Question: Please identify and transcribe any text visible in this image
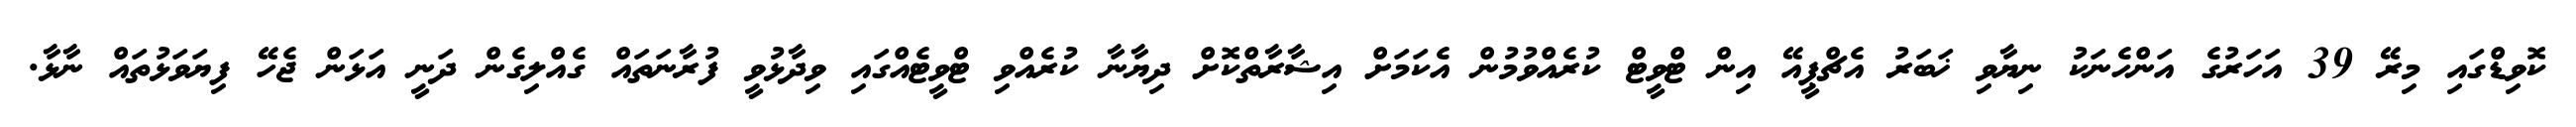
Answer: ކޮވިޑްގައި މިރޭ 39 އަހަރުގެ އަންހެނަކު ނިޔާވި ޚަބަރު އެޗްޕީއޭ އިން ޓްވީޓް ކުރެއްވުމުން އެކަމަށް އިޝާރާތްކޮށް ދިޔާނާ ކުރެއްވި ޓްވީޓެއްގައި ވިދާޅުވީ ފުރާނަތައް ގެއްލިގެން ދަނީ އަޅަން ޖެހޭ ފިޔަވަޅުތައް ނާޅާ.